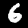
Label: 6